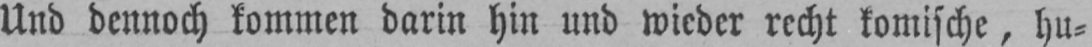
Und dennoch kommen darin hin und wieder recht komische, hu⸗